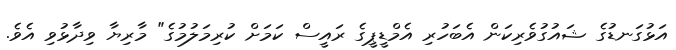
އަޅުގަނޑުގެ ޝައުގުވެރިކަން އެބަހުރި އެމްޑީޕީގެ ރައީސް ކަމަށް ކުރިމަލުމުގެ" މާރިޔާ ވިދާޅުވި އެވެ.